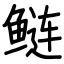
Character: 鲢